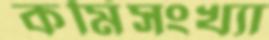
কর্মিসংখ্যা